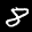
Label: 8